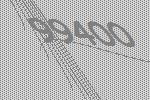
99400